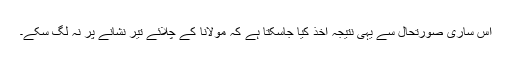
اس ساری صورتحال سے یہی نتیجہ اخذ کیا جاسکتا ہے کہ مولانا کے چلائے تیر نشانے پر نہ لگ سکے۔